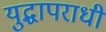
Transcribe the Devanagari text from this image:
युद्धापराधी